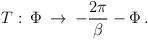
LaTeX: \begin{align*}T:\,\Phi\:\rightarrow\:-\frac{2\pi}{\beta}-\Phi\,.\end{align*}